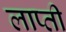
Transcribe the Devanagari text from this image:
लाप्ती